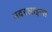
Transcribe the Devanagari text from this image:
मदरलाइन्स